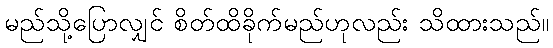
မည်သို့ပြောလျှင် စိတ်ထိခိုက်မည်ဟုလည်း သိထားသည်။